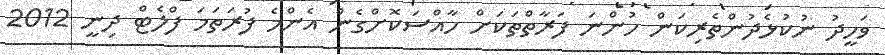
ވަހީދު ނުކުޅެދުންތެރިކަން ހުންނަ ފަރާތްތަކަށް ހާއްސަކޮށްގެން އެންމެ ފުރަތަމަ ފްލެޓް ދިނީ 2012